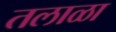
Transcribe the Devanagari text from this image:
तलाळा